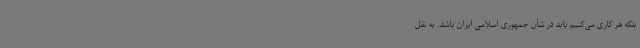
بلکه هر کاری می‌کنیم باید در شأن جمهوری اسلامی ایران باشد. به نقل